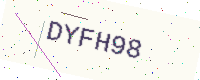
Text: DYFH98